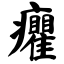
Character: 癯